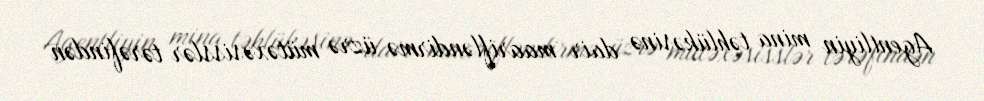
Agentliyin mina təhlükəsinə dair maarifləndirmə üzrə mütəxəsisslər tərəfindən